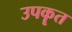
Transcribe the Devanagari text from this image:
उपकॄत